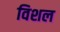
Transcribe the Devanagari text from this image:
विशल